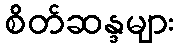
စိတ်ဆန္ဒများ